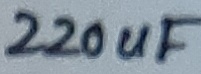
Text: 220uF